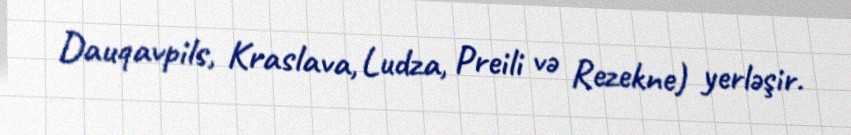
Dauqavpils, Kraslava, Ludza, Preili və Rezekne) yerləşir.